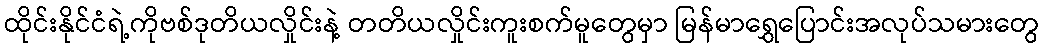
ထိုင်းနိုင်ငံရဲ့ကိုဗစ်ဒုတိယလှိုင်းနဲ့ တတိယလှိုင်းကူးစက်မူတွေမှာ မြန်မာရွှေပြောင်းအလုပ်သမားတွေ